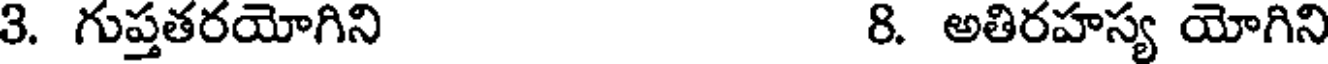
3. గుప్తతరయోగిని 8. అతిరహస్య యోగిని